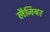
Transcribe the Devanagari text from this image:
लैनियर